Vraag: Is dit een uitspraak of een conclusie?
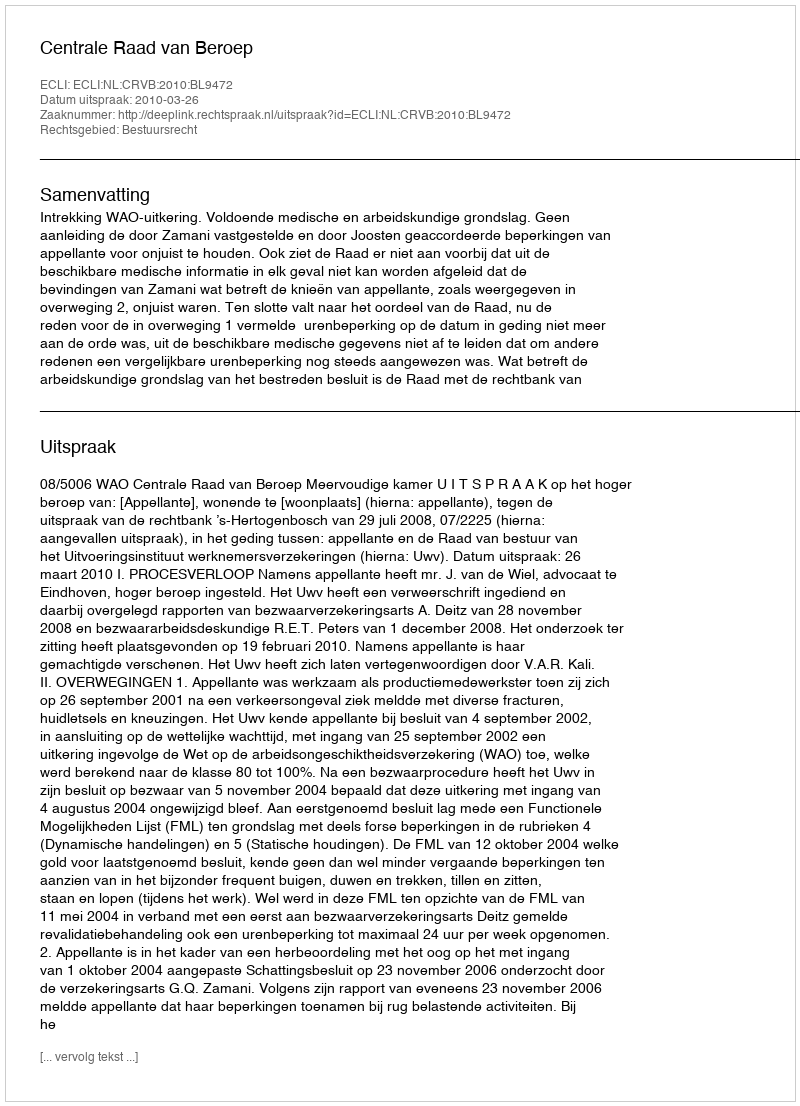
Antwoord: Uitspraak